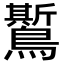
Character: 𪆗